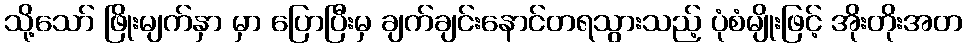
သို့သော် ဖြိုးမျက်နှာ မှာ ပြောပြီးမှ ချက်ချင်းနောင်တရသွားသည့် ပုံစံမျိုးဖြင့် အိုးတိုးအတ